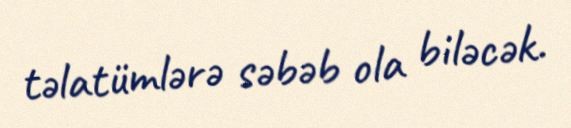
təlatümlərə səbəb ola biləcək.